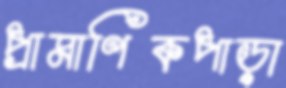
প্রামাণিকপাড়া